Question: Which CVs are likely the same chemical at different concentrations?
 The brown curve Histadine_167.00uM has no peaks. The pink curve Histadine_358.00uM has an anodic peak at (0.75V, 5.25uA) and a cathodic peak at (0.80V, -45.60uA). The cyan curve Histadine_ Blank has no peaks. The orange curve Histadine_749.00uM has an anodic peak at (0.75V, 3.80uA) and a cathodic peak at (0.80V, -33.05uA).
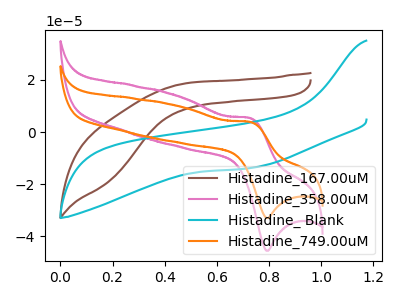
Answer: <think>"Histadine_167.00uM" and "Histadine_358.00uM" have a different number of peaks. Neither "Histadine_167.00uM" or "Histadine_ Blank" have any peaks. "Histadine_167.00uM" and "Histadine_749.00uM" have a different number of peaks. "Histadine_358.00uM" and "Histadine_ Blank" have a different number of peaks. All the peaks in "Histadine_358.00uM" have a peak in "Histadine_749.00uM" at the same potential. Every peak in "Histadine_358.00uM" is higher than every peak in "Histadine_749.00uM". "Histadine_ Blank" and "Histadine_749.00uM" have a different number of peaks.
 </think>
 <answer>"Histadine_749.00uM" and "Histadine_358.00uM" have the same shape and are likely CV's of the same chemical.</answer>
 <eval>"Histadine_749.00uM" "Histadine_358.00uM"</eval>